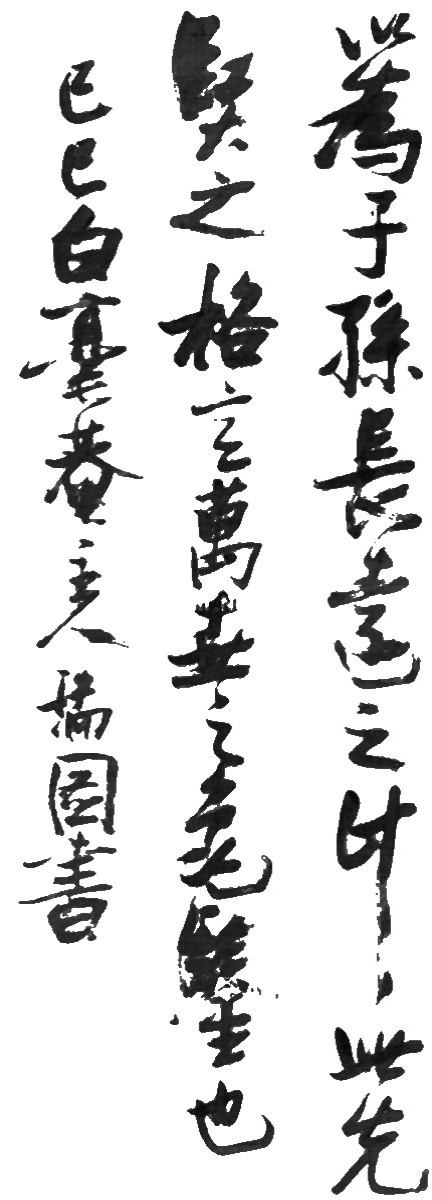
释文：以为子孙长远之计，此先贤之格言，万世之龟鉴也。己巳白毫庵主人瑞图书。